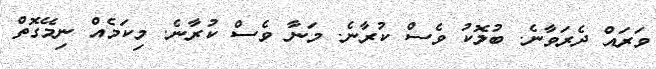
ވަރައް ދެރަވާނެ. ބުލޮކު ވެސް ކުރާނެ. މަނާ ވެސް ކުރާނެ. މިކަމެއް ނިމޭގޮތް